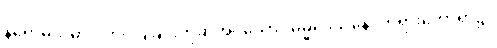
နိရောဓသမာပါတ်ဝ်ပြခြင်းဟုဆိုအပ်သော။ ဓမ္မဒေသနေ၊ တရားဟောရာ၌။